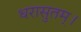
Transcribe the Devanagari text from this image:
धरासुतम्।